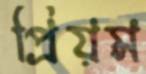
প্রিয়ম